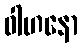
ဝါဟနော